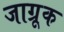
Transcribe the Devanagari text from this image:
जाग्रूक